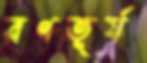
রণতূর্য